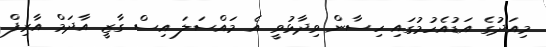
މިއަދުގެ އަޑުއެހުމުގައި ހިސާން ވިދާޅުވީ އެ މައްސަލަ އިސް ގާޒީ އާދަމް އާރިފް